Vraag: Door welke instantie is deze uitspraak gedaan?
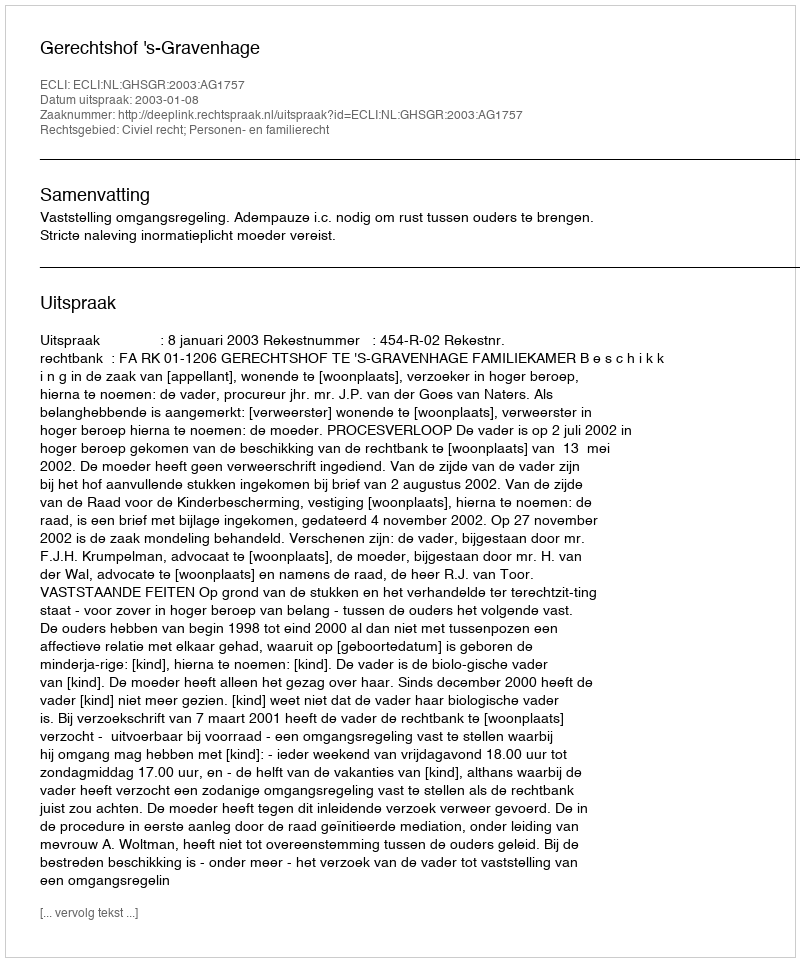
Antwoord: Gerechtshof 's-Gravenhage